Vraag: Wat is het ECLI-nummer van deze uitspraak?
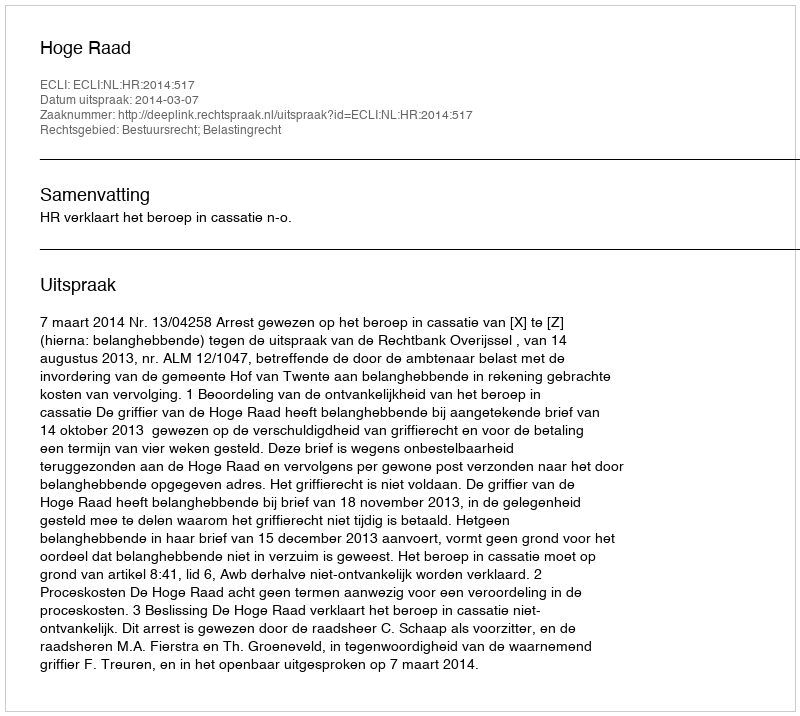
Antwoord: ECLI:NL:HR:2014:517